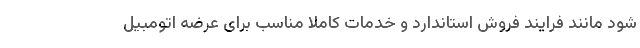
شود مانند فرایند فروش استاندارد و خدمات کاملا مناسب برای عرضه اتومبیل